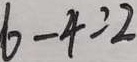
6 - 4 = 2